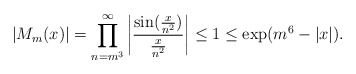
\begin{align*} |M_m(x)|=\prod_{n=m^3}^{\infty}\left|\frac{\sin(\frac{x}{n^2})}{\frac{x}{n^2}}\right|\leq 1\leq \exp(m^6-|x|).\end{align*}